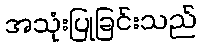
အသုံးပြုခြင်းသည်